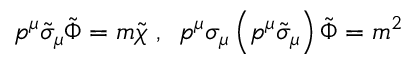
p ^ { \mu } \tilde { \sigma } _ { \mu } \tilde { \Phi } = m \tilde { \chi } \, \, , \, \, \, p ^ { \mu } \sigma _ { \mu } \left( p ^ { \mu } \tilde { \sigma } _ { \mu } \right) \tilde { \Phi } = m ^ { 2 }